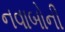
નવાબોની